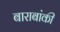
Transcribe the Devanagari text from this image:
बाराबांकी